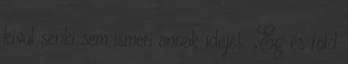
kívül senki sem ismeri annak idejét: „Ég és föld